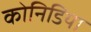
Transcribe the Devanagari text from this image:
कोनिडिया